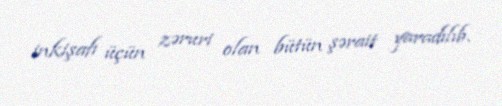
inkişafı üçün zəruri olan bütün şərait yaradılıb.